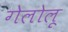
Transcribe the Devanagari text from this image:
गेलोलू